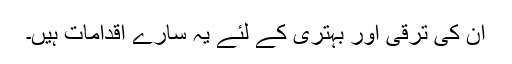
ان کی ترقی اور بہتری کے لئے یہ سارے اقدامات ہیں۔